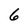
Character: 6